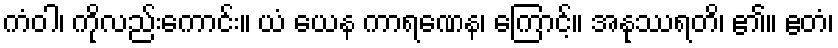
ကံဝါ၊ ကိုလည်းကောင်း။ ယံ ယေန ကာရဏေန၊ ကြောင့်။ အနုဿရတိ၊ ၏။ ဧတံ၊